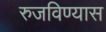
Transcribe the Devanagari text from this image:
रुजविण्यास